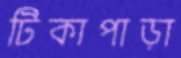
টিকাপাড়া